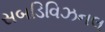
સબડિવિઝનલ